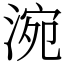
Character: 涴